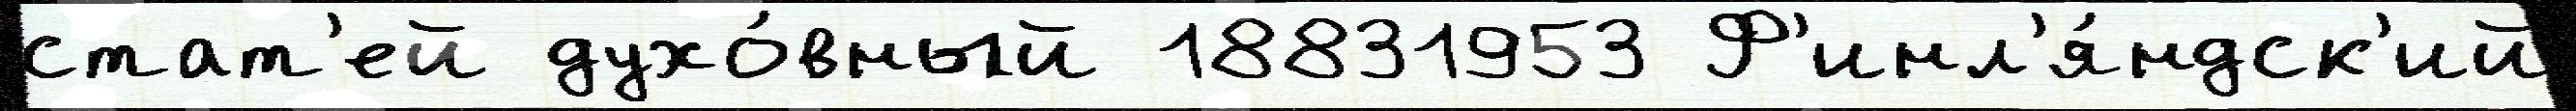
стат'ей духо́вный 18831953 Ф'инл'я́ндск'ий